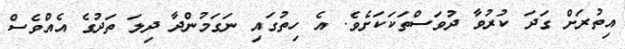
އިތުރަށް ގަދަ ކުރުވާ ދުވަސްތަކަކަށެވެ. އެ ހިތުގައި ނަގަމުންދާ ދިލަ ތަދުގެ އެއްވެސް